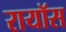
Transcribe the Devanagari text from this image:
रायॉस